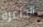
الداعرة